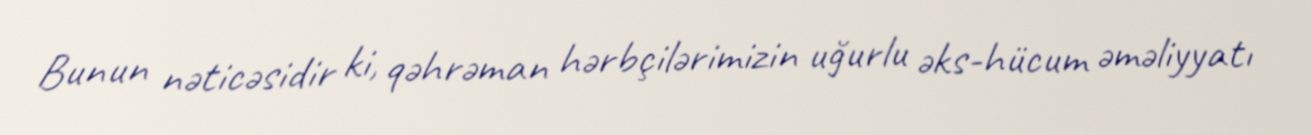
Bunun nəticəsidir ki, qəhrəman hərbçilərimizin uğurlu əks-hücum əməliyyatı